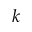
k